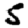
Digit: 5